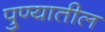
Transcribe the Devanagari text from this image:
पु्ण्यातील